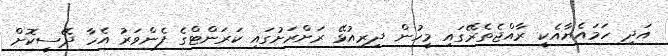
އަދި ހަމައެޔާއެކީ ރާއްޖެތެރޭގައި މީހުން ދިރިއުޅޭ ރަށްރަށުގައި ކަރަންޓްގެ ފެންވަރު އެހާ ދޭސީކޮށް